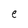
Character: e